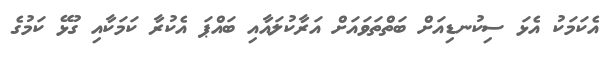
އެކަމަކު އެޅަ ސިކުނޑިއަށް ބަތްތަވައަށް އަރާކުލައާއި ބައްޕަ އެކުރާ ކަމަކާއި ގުޅޭ ކަމުގެ